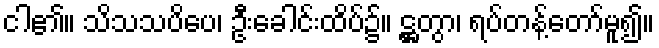
ငါ၏။ သိသသပိပေ၊ ဦးခေါင်းထိပ်၌။ ဋ္ဌတွာ၊ ရပ်တန့်တော်မူ၍။